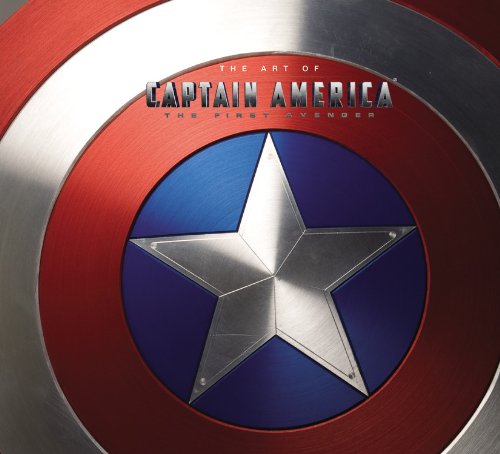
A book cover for Captain America: The Art of Captain America - The First Avenger; Marvel Comics; Comics & Graphic Novels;